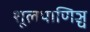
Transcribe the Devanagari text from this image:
शूलपाणिञ्च